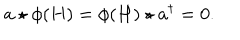
LaTeX: a \star \phi ( H ) = \phi ( H ) \star { a ^ { \dagger } } = 0 .